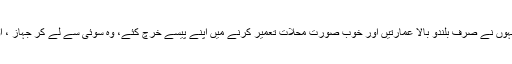
یہی حال عرب ملکوں کا ہے، اللہ نے ان کو بغیر محنت کے دولت دی، جو زمین کے اندر سے ابلتی ہے؛ لیکن انہوں نے صرف بلندو بالا عمارتیں اور خوب صورت محلات تعمیر کرنے میں اپنے پیسے خرچ کئے، وہ سوئی سے لے کر جہاز ، اور بندوق سے لے کر میزائل تک ہر چیز کے لئے مغربی ملکوں پر منحصر ہیں، یہ کس قدر شرمناک بات ہے!